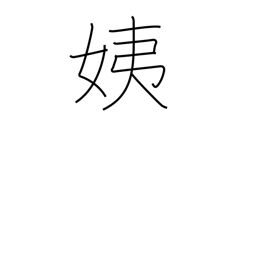
Meaning: younger sister